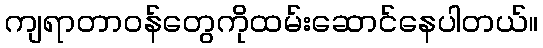
ကျရာတာဝန်တွေကိုထမ်းဆောင်နေပါတယ်။